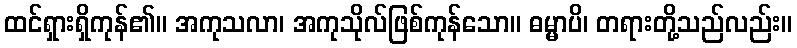
ထင်ရှားရှိကုန်၏။ အကုသလာ၊ အကုသိုလ်ဖြစ်ကုန်သော။ ဓမ္မာပိ၊ တရားတို့သည်လည်း။